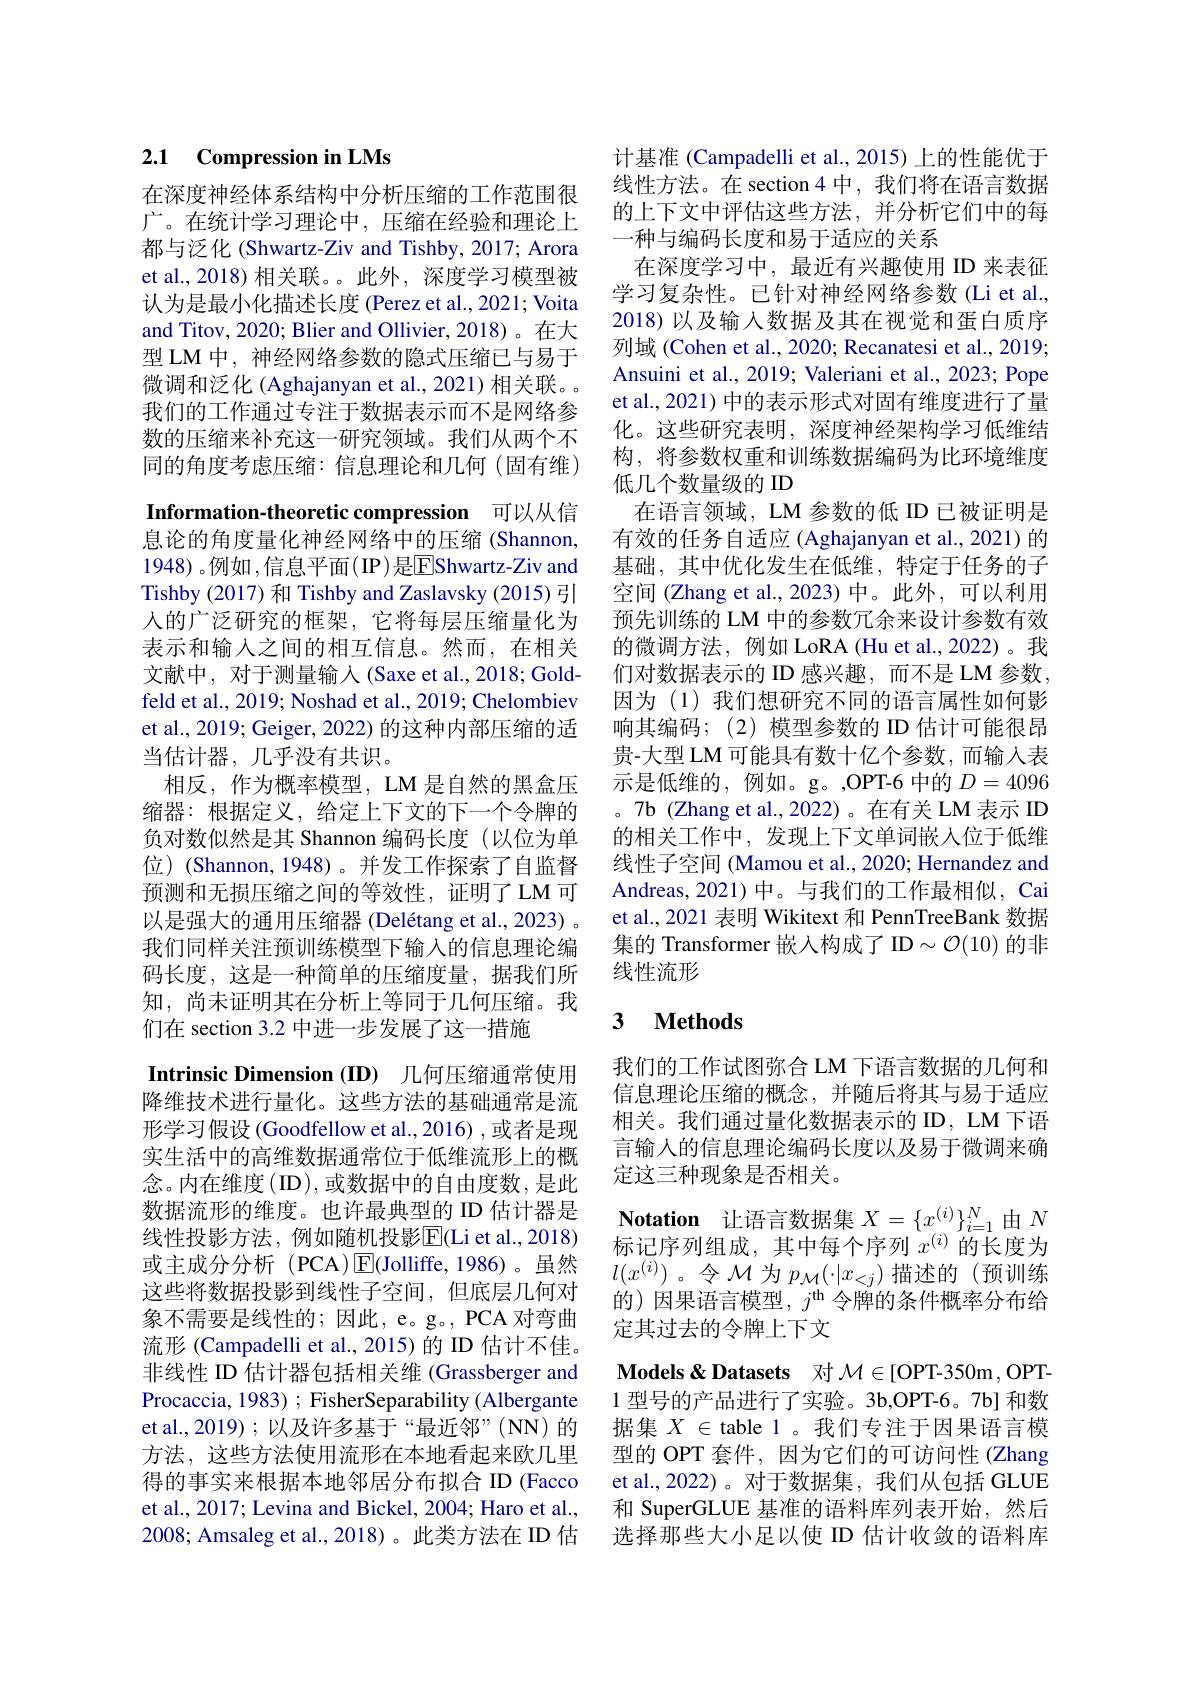
## 2.1 Compression in LMs

在深度神经体系结构中分析压缩的工作范围很广。在统计学习理论中，压缩在经验和理论上都与泛化 (Shwartz-Ziv and Tishby, 2017; Arora et al.,2018) 相关联。。此外，深度学习模型被认为是最小化描述长度 (Perez et al., 2021; Voita and Titov, 2020; Blier and Ollivier, 2018)。在大型 LM 中，神经网络参数的隐式压缩已与易于微调和泛化 (Aghajanyan et al., 2021) 相关联。我们的工作通过专注于数据表示而不是网络参数的压缩来补充这一研究领域。我们从两个不同的角度考虑压缩：信息理论和几何(固有维)

Information-theoretic compression 可以从信息论的角度量化神经网络中的压缩(Shannon, 1948) 。例如 ,信息平面(IP)是EShwartz-Ziv and Tishby (2017)和 Tishby and Zaslavsky (2015)引人的广泛研究的框架，它将每层压缩量化为表示和输入之间的相互信息。然而，在相关文献中，对于测量输入(Saxe et al., 2018; Goldfeld et al., 2019; Noshad et al., 2019; Chelombiev et al., 2019; Geiger, 2022) 的这种内部压缩的适当估计器，几乎没有共识。
相反，作为概率模型，LM 是自然的黑盒压缩器：根据定义，给定上下文的下一个令牌的负对数似然是其 Shannon 编码长度(以位为单位)(Shannon,1948)。并发工作探索了自监督预测和无损压缩之间的等效性，证明了LM可以是强大的通用压缩器 (Delétang et al., 2023) 。我们同样关注预训练模型下输入的信息理论编码长度，这是一种简单的压缩度量，据我们所知，尚未证明其在分析上等同于几何压缩。我们在 section 3.2 中进一步发展了这一措施
Intrinsic Dimension (ID) 几何压缩通常使用降维技术进行量化。这些方法的基础通常是流形学习假设(Goodfellow et al.,2016) ,或者是现实生活中的高维数据通常位于低维流形上的概念。内在维度$\left(\mathrm{ID}\right)$,或数据中的自由度数，是此数据流形的维度。也许最典型的 ID 估计器是线性投影方法，例如随机投影E$( Li et al. , 2018)$ 或主成分分析 (PCA)$\operatorname{E}$(Jolliffe,1986)。虽然这些将数据投影到线性子空间，但底层几何对象不需要是线性的；因此，e。g。, PCA 对弯曲流形 (Campadelli et al., 2015)的 ID 估计不佳。非线性 ID 估计器包括相关维 (Grassberger and Procaccia, 1983) ; FisherSeparability ( Albergante et al., 2019) ; 以及许多基于“最近邻”(NN) 的方法，这些方法使用流形在本地看起来欧几里得的事实来根据本地邻居分布拟合 ID (Facco et al., 2017; Levina and Bickel, 2004; Haro et al., 2008; Amsaleg et al.,2018)。此类方法在 ID 估

计基准 (Campadelli et al., 2015) 上的性能优于线性方法。在 section 4 中，我们将在语言数据的上下文中评估这些方法，并分析它们中的每一种与编码长度和易于适应的关系
在深度学习中，最近有兴趣使用 ID 来表征学习复杂性。已针对神经网络参数(Li et al., 2018) 以及输入数据及其在视觉和蛋白质序列域 (Cohen et al., 2020; Recanatesi et al., 2019; Ansuini et al., 2019; Valeriani et al., 2023; Pope et al., 2021) 中的表示形式对固有维度进行了量化。这些研究表明，深度神经架构学习低维结构，将参数权重和训练数据编码为比环境维度低几个数量级的 ID
在语言领域，LM 参数的低 ID 已被证明是有效的任务自适应 (Aghajanyan et al., 2021) 的基础，其中优化发生在低维，特定于任务的子空间 (Zhang et al., 2023) 中。此外，可以利用预先训练的 LM 中的参数冗余来设计参数有效的微调方法，例如 LoRA (Hu et al.,2022)。我们对数据表示的 ID 感兴趣，而不是 LM 参数因为(1)我们想研究不同的语言属性如何影响其编码；(2)模型参数的 ID 估计可能很昂贵-大型 LM 可能具有数十亿个参数，而输入表示是低维的，例如。g。,OPT-6 中的$D=4096$ 。7b (Zhang et al.,2022)。在有关 LM 表示 ID 的相关工作中，发现上下文单词嵌人位于低维线性子空间 (Mamou et al., 2020; Hernandez and Andreas, 2021) 中。与我们的工作最相似，Cai et al., 2021 表明 Wikitext 和 PennTreeBank 数据集的 Transformer 嵌入构成了 ID$\sim\mathcal{O}(10)$的非线性流形

### $\textbf{3}$ $\textbf{Methods}$

我们的工作试图弥合 LM 下语言数据的几何和信息理论压缩的概念，并随后将其与易于适应相关。我们通过量化数据表示的 ID, LM 下语言输入的信息理论编码长度以及易于微调来确定这三种现象是否相关。
Notation 让语言数据集$X=\{x_{(i)}^{(i)}\}_{i=1}^{N}$由$N$ 标记序列组成，其中每个序列$x^{(i)}$的长度为$l(x^{(i)})$。令$\mathcal{M}$为$p_\mathcal{M}(\cdot|x_<j)$描述的 (预训练的)因果语言模型，$j^\mathrm{th}$令牌的条件概率分布给定其过去的令牌上下文
Models& Datasets 对$\mathcal{M}\in[$OPT-350m,OPT- 1型号的产品进行了实验。3b,OPT-6。7b]和数据集$X\in$ table 1。我们专注于因果语言模型的 OPT 套件，因为它们的可访问性 (Zhang et al.,2022)。对于数据集，我们从包括 GLUE 和 SuperGLUE 基准的语料库列表开始，然后选择那些大小足以使 ID 估计收敛的语料库